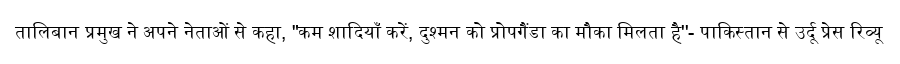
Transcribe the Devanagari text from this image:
तालिबान प्रमुख ने अपने नेताओं से कहा, "कम शादियाँ करें, दुश्मन को प्रोपगैंडा का मौका मिलता है''- पाकिस्तान से उर्दू प्रेस रिव्यू